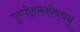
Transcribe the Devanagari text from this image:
पुष्पोद्गमकोषधम्